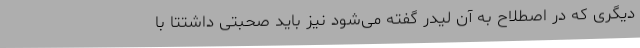
دیگری که در اصطلاح به آن لیدر گفته می‌شود نیز باید صحبتی داشتتا با